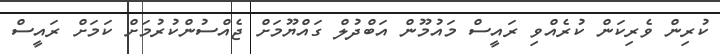
ކުރިން ވެރިކަން ކުރެއްވި ރައީސް މައުމޫން އަބްދުލް ގައްޔޫމަށް ޖެއްސުންކުރުމަށް ކަމަށް ރައީސް